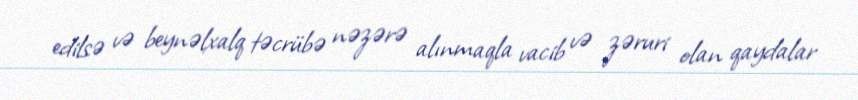
edilsə və beynəlxalq təcrübə nəzərə alınmaqla vacib və zəruri olan qaydalar